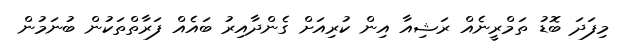
މިފަދަ ބޮޑު ތަމްރީނެއް ރަޝިއާ އިން ކުރިއަށް ގެންދާއިރު ބައެއް ފަރާތްތަކުން ބުނަމުން